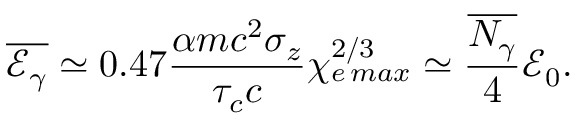
\overline { { \mathcal { E } _ { \gamma } } } \simeq 0 . 4 7 \frac { \alpha m c ^ { 2 } \sigma _ { z } } { \tau _ { c } c } \chi _ { e \, m a x } ^ { 2 / 3 } \simeq \frac { \overline { { N _ { \gamma } } } } { 4 } \mathcal { E } _ { 0 } .